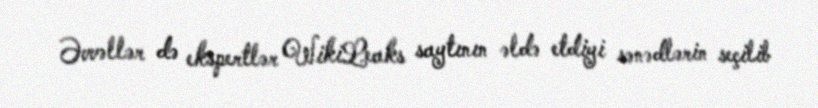
Əvvəllər də ekspertlər WikiLeaks saytının əldə etdiyi sənədlərin seçilib